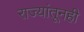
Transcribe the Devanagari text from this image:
राज्यांतूनही